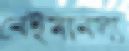
বেইমানস্য